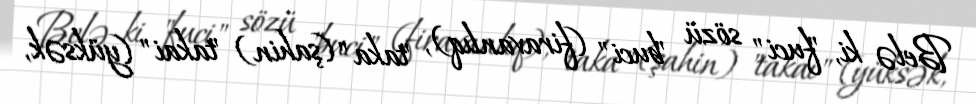
Belə ki, "fuci" sözü "buci" (firavanlıq), "taka" (şahin) "takai" (yüksək,